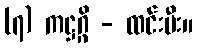
(၇) ကဋ္ဌဂ္ဂိ - ထင်းမီး။